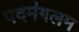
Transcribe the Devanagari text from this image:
पदमंगलम